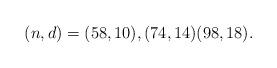
LaTeX: \begin{align*}(n,d)=(58,10), (74,14) (98,18).\end{align*}